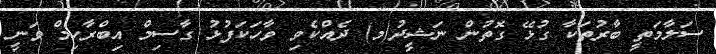
ސަލާމަތީ ބާރުތަކާ ގުޅޭ ގޮތުން ނަޝީދު(މ) ދެއްކެވި ވާހަކަފުޅު ގާސިމް އިބްރާހިމް ވަނީ